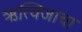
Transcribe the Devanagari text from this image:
ऋत्विजाचा